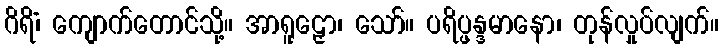
ဂိရိံ၊ ကျောက်တောင်သို့။ အာရူဠှော၊ သော်။ ပရိပ္ဖန္ဒမာနော၊ တုန်လှုပ်လျက်။